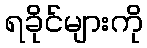
ရခိုင်များကို